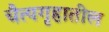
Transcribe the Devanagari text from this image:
चैत्यगृहातील